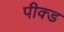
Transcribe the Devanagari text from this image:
पीक्ड